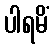
ပါရမိံ